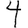
Digit: 4